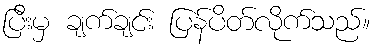
ပြီးမှ ချက်ချင်း ပြန်ပိတ်လိုက်သည်။